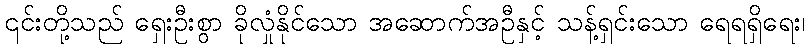
၎င်းတို့သည် ရှေးဦးစွာ ခိုလှုံနိုင်သော အဆောက်အဦနှင့် သန့်ရှင်းသော ရေရရှိရေး၊